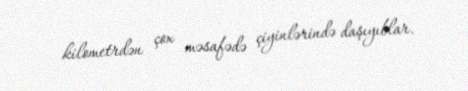
kilometrdən çox məsafədə çiyinlərində daşıyıblar.